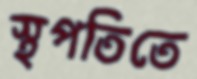
স্থপতিতে